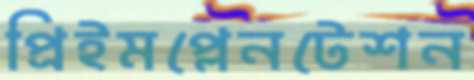
প্রিইমপ্লেনটেশন